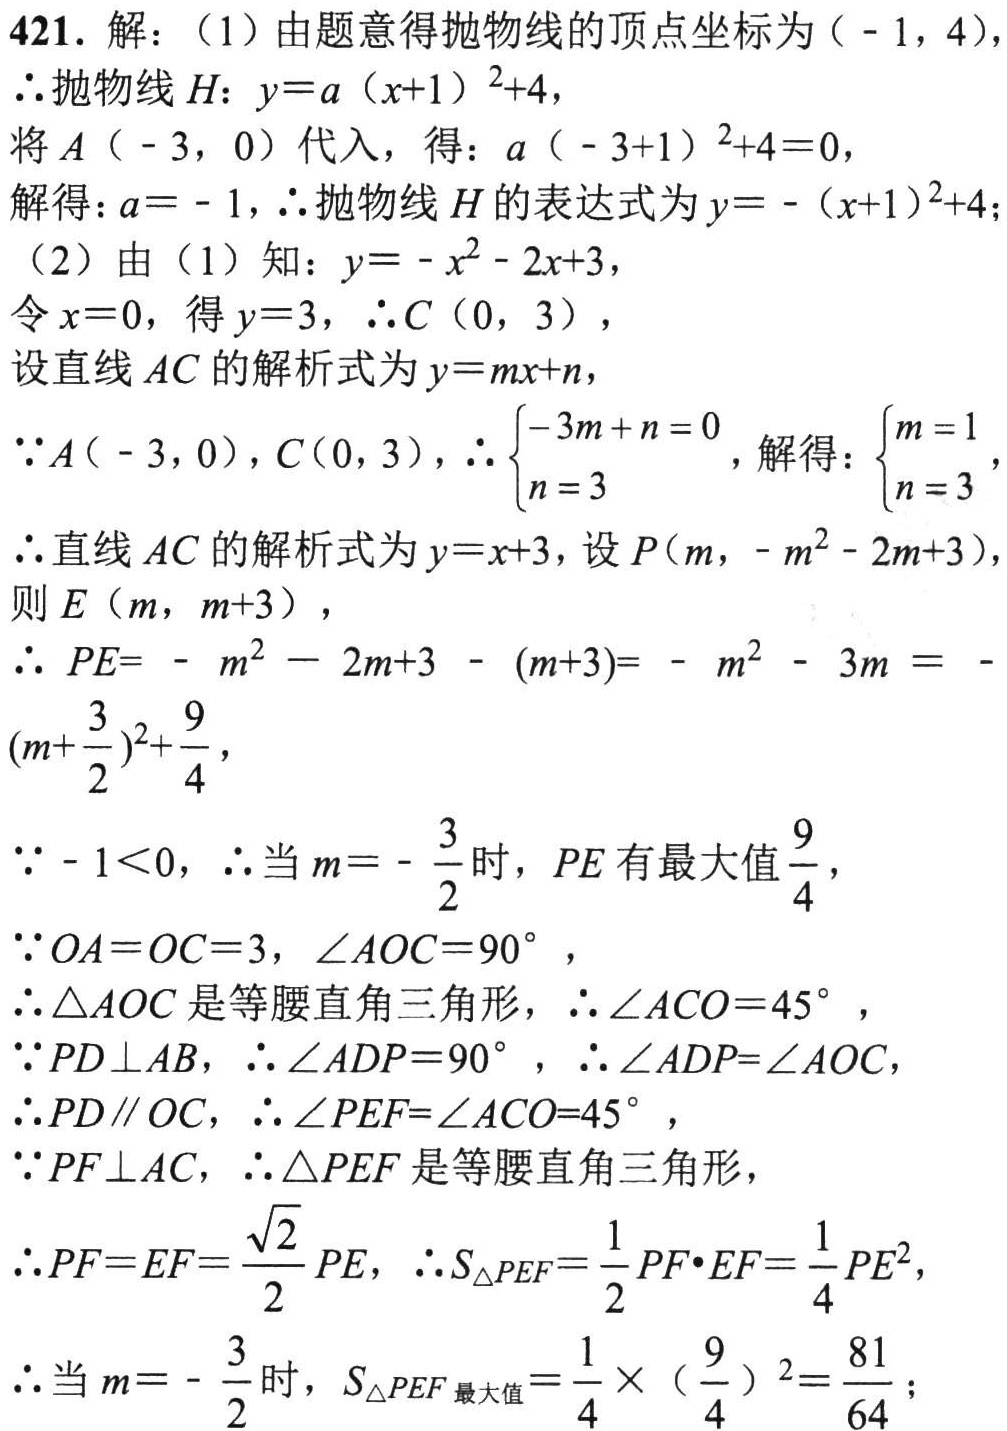
421. 解：
（1）由题意得抛物线的顶点坐标为\(( - 1,4)\)，
\(\therefore\)抛物线\(H\)：\(y = a(x + 1)^2+4\)，
将\(A(-3,0)\)代入，得：\(a(-3 + 1)^2+4 = 0\)，
解得：\(a = - 1\)，\(\therefore\)抛物线\(H\)的表达式为\(y=-(x + 1)^2+4\)；
（2）由（1）知：\(y=-x^{2}-2x + 3\)，
令\(x = 0\)，得\(y = 3\)，\(\therefore C(0,3)\)，
设直线\(AC\)的解析式为\(y=mx + n\)，
\(\because A(-3,0)\)，\(C(0,3)\)，\(\therefore\begin{cases}-3m + n = 0\\n = 3\end{cases}\)，解得：\(\begin{cases}m = 1\\n = 3\end{cases}\)，
\(\therefore\)直线\(AC\)的解析式为\(y=x + 3\)，设\(P(m,-m^{2}-2m + 3)\)，
则\(E(m,m + 3)\)，
\(\therefore PE=-m^{2}-2m + 3-(m + 3)=-m^{2}-3m=-(m+\frac{3}{2})^2+\frac{9}{4}\)，
\(\because - 1\lt0\)，\(\therefore\)当\(m=-\frac{3}{2}\)时，\(PE\)有最大值\(\frac{9}{4}\)，
\(\because OA = OC = 3\)，\(\angle AOC = 90^{\circ}\)，
\(\therefore\triangle AOC\)是等腰直角三角形，\(\therefore\angle ACO = 45^{\circ}\)，
\(\because PD\perp AB\)，\(\therefore\angle ADP = 90^{\circ}\)，\(\therefore\angle ADP=\angle AOC\)，
\(\therefore PD\parallel OC\)，\(\therefore\angle PEF=\angle ACO = 45^{\circ}\)，
\(\because PF\perp AC\)，\(\therefore\triangle PEF\)是等腰直角三角形，
\(\therefore PF = EF=\frac{\sqrt{2}}{2}PE\)，\(\therefore S_{\triangle PEF}=\frac{1}{2}PF\cdot EF=\frac{1}{4}PE^{2}\)，
\(\therefore\)当\(m = -\frac{3}{2}\)时，\(S_{\triangle PEF最大值}=\frac{1}{4}\times(\frac{9}{4})^2=\frac{81}{64}\)；